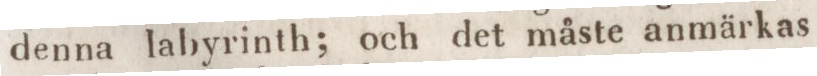
denna labyrinth; och det måste anmärkas